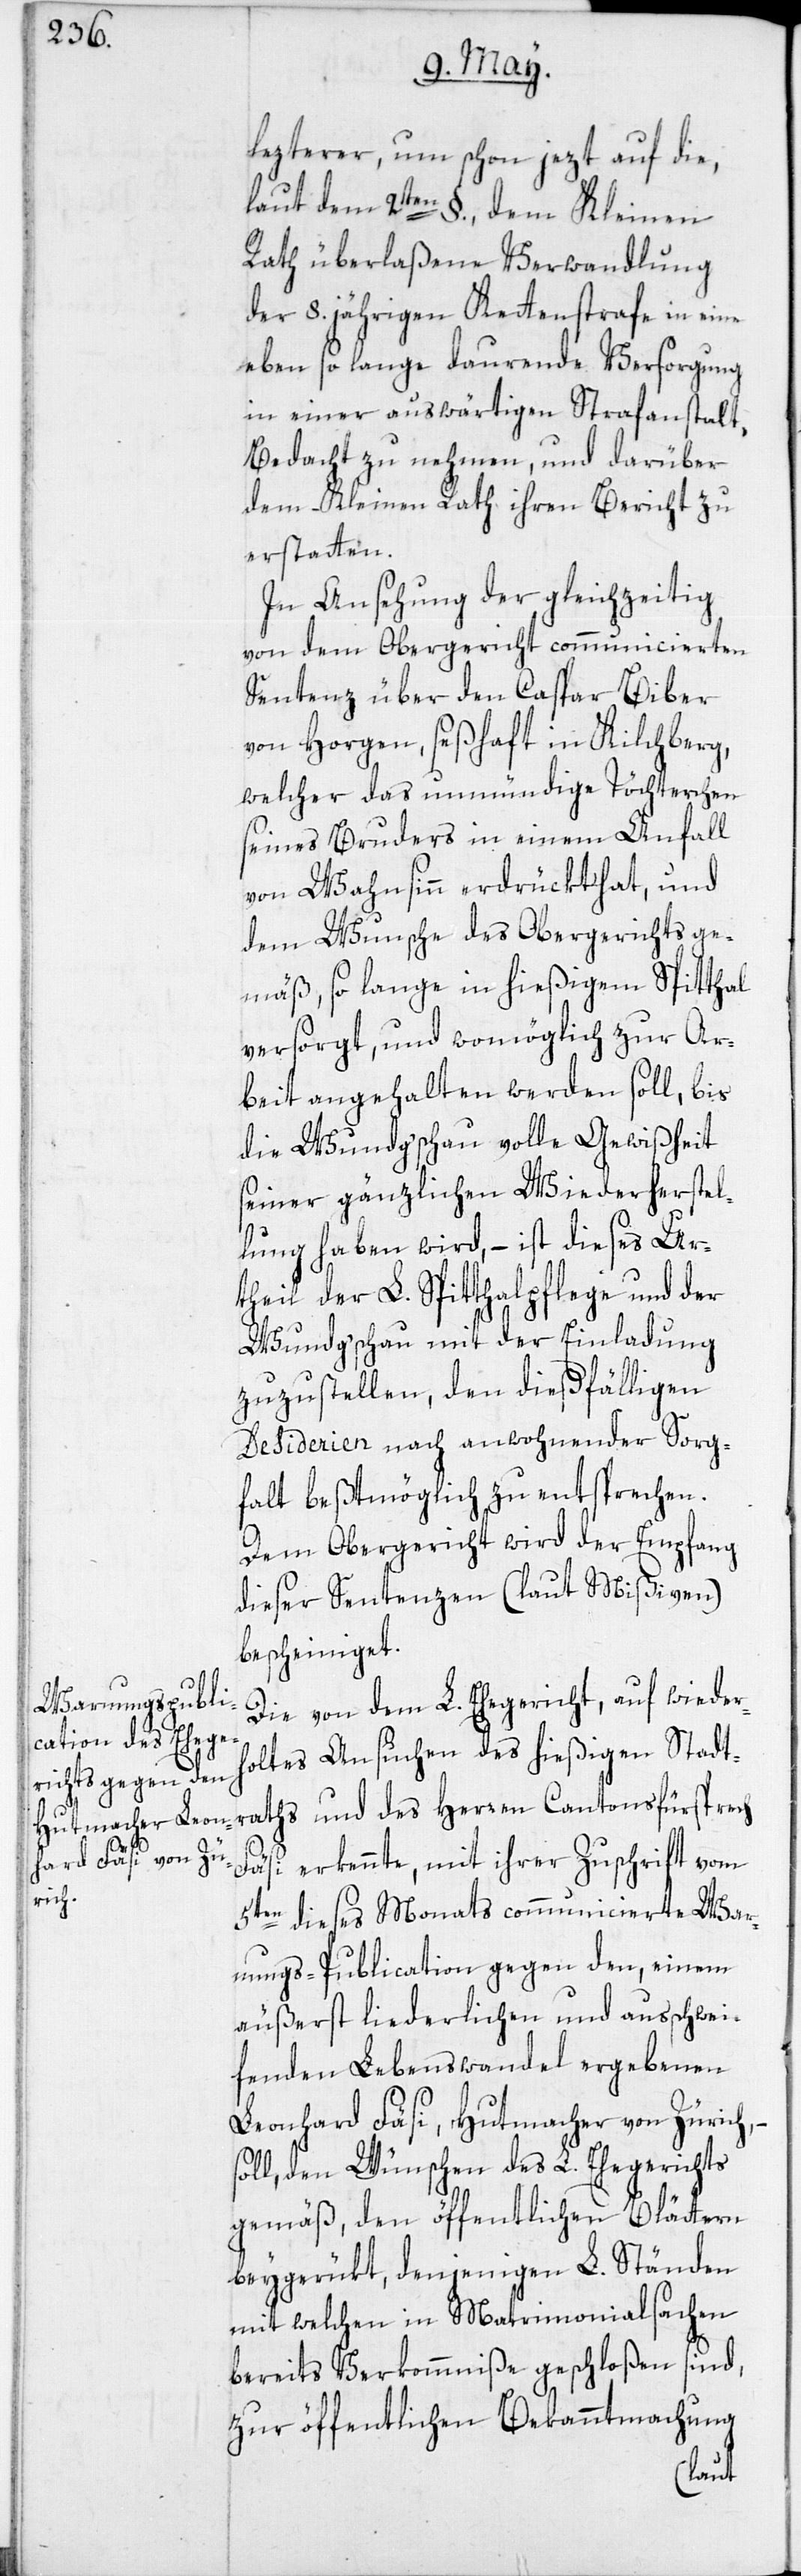
laut dem 2ten §., dem Kleinen
Rath überlaßene Verwandlung
der 8. jährigen Kettenstrafe in eine
eben so lange daurnde Versorgung
in einer auswärtigen Strafanstalt,
Bedacht zu nehmen, und darüber
dem Kleinen Rath ihren Bericht zu
erstatten.
In Ansehung der gleichzeitig
von dem Obergericht communicierten
Sentenz über den Caspar Biber
von Horgen, seßhaft in Kilchberg,
welcher das unmündige Töchterchen
seines Bruders in einem Anfall
von Wahnsinn erdrückt hat, und
dem Wunsche des Obergerichts ge¬
mäß, so lange in hießigem Spitthal
versorgt, und womöglich zur Ar¬
beit angehalten werden soll, bis
die Wundgschau volle Gewißheit
seiner gänzlichen Wiederherstel¬
lung haben wird, – ist dieses Ur¬
theil der L. Spitthalpflege und der
Wundg’schau mit der Einladung
zuzustellen, den dießfälligen
Desiderien nach anwohnender Sorg¬
falt beßtmöglich zu entsprechen.
Dem Obergericht wird der Empfang
dieser Sentenzen (laut Mißiven)
bescheiniget.
Die von dem L. Ehegericht, auf wieder¬
holtes Ansuchen des hießigen Stadt¬
Fäsi erkennte, mit ihrer Zuschrift vom
5ten dieses Monats communicierte War¬
nungs-Publication gegen den, einem
äußerst liederlichen und ausschwei¬
fenden Lebenswandel ergebenen
Leonhard Fäsi, Hutmacher von Zürich,
soll, den Wünschen des L. Ehegerichts
gemäß, den öffentlichen Blättern
beygerückt, denjenigen L. Ständen
mit welchen in Matrimonialsachen
bereits Verkommniße geschloßen sind,
zur öffentlichen Bekanntmachung
raths